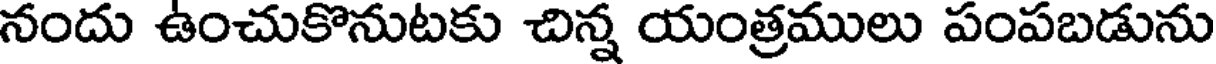
నందు ఉంచుకొనుటకు చిన్న యంత్రములు పంపబడును